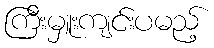
ကြီးမှူးကျင်းပမည့်